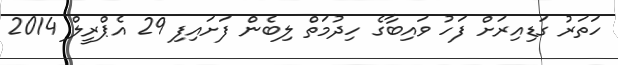
ހަތަރު ގަޑިއިރަށް ފަހު ވައިބާގެ ހިދުމަތް ލިބެން ފަށައިފި 29 އެޕްރީލް 2014